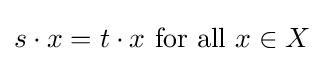
s\cdot x=t\cdot x{\text{ for all }}x\in X